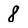
Character: 8